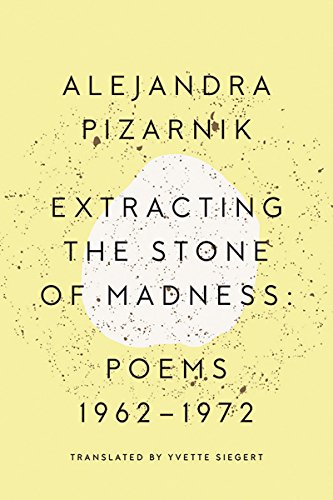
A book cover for Extracting the Stone of Madness: Poems 1962 - 1972; Alejandra Pizarnik; Literature & Fiction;